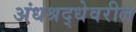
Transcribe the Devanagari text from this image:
अंधश्रद्धेवरील